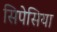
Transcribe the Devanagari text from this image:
सिपेसिया